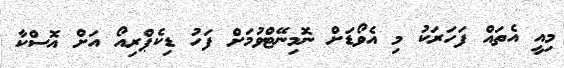
މިއީ އެތައް ފަހަރަކު މި އެވޯޑަށް ނޮމިނޭޓްވުމަށް ފަހު ޑިކެޕްރިއޯ އަށް އޮސްކާ